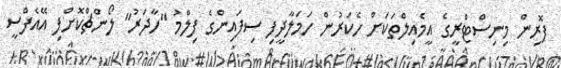
ފޮރިން މިނިސްޓްރީގެ އީމެއިލްތަކަށް ހެކަރުން ހަމަލާދީފި ސިފައިންގެ ފިލްމު "ހާދަރު" ލޯންޗްކޮށްފި އޭއެފްސީ